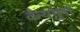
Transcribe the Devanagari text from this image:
वैन्यगुप्त